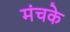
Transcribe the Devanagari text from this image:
मंचके